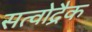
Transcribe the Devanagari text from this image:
सत्वोद्रैक